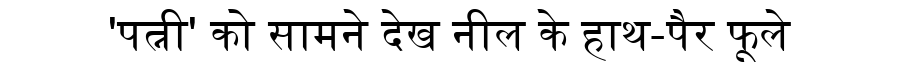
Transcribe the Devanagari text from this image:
'पत्नी' को सामने देख नील के हाथ-पैर फूले